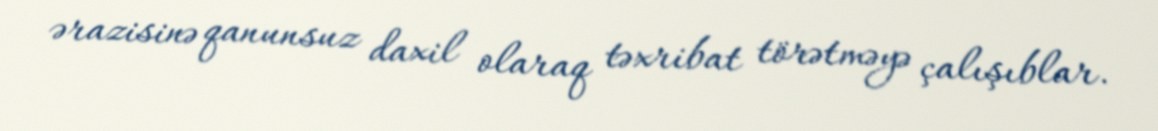
ərazisinə qanunsuz daxil olaraq təxribat törətməyə çalışıblar.